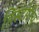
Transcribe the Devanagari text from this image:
हिस्टोरिय